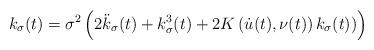
LaTeX: \begin{align*}k_\sigma(t)=\sigma^2\left(2\ddot{k}_{\sigma}(t)+k_{\sigma}^3(t)+2K\left(\dot{u}(t),\nu(t)\right)k_\sigma(t))\right)\end{align*}